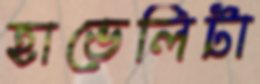
হাভেলিটা